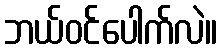
ဘယ်ဝင်ပေါက်လဲ။